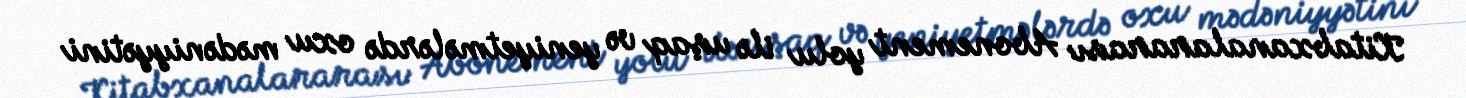
Kitabxanalararası Abonement yolu ilə uşaq və yeniyetmələrdə oxu mədəniyyətini